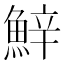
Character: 𩷔